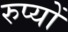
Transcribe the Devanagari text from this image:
रुप्यों